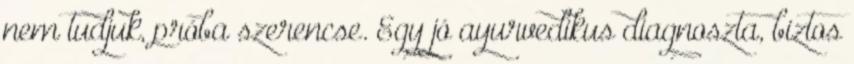
nem tudjuk, próba szerencse. Egy jó ayurvedikus diagnoszta, biztos